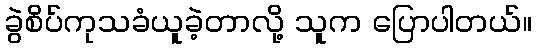
ခွဲစိပ်ကုသခံယူခဲ့တာလို့ သူက ပြောပါတယ်။